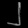
Digit: ၂